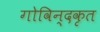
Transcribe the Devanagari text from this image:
गोविन्दकृत